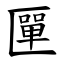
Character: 匰